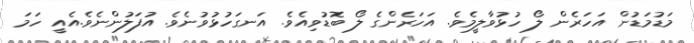
މަޑުމަޑުން އަހަރެން ލޯ ހުޅުވާލީމެވެ. އަހަރެންގެ ލޯ ބޮޑުވިއެވެ. އަނގަހުޅުވުނެވެ. އުފަލުންނެވެ.އެއީ ހަމަ